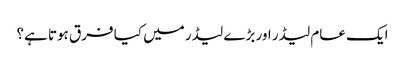
ایک عام لیڈر اور بڑے لیڈر میں کیا فرق ہوتا ہے؟